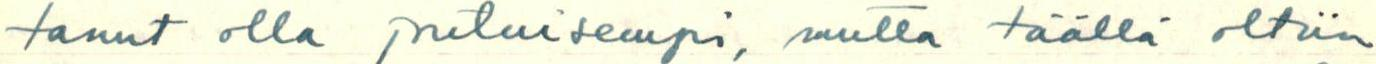
tanut olla joutuisempi, mutta täällä oltiin